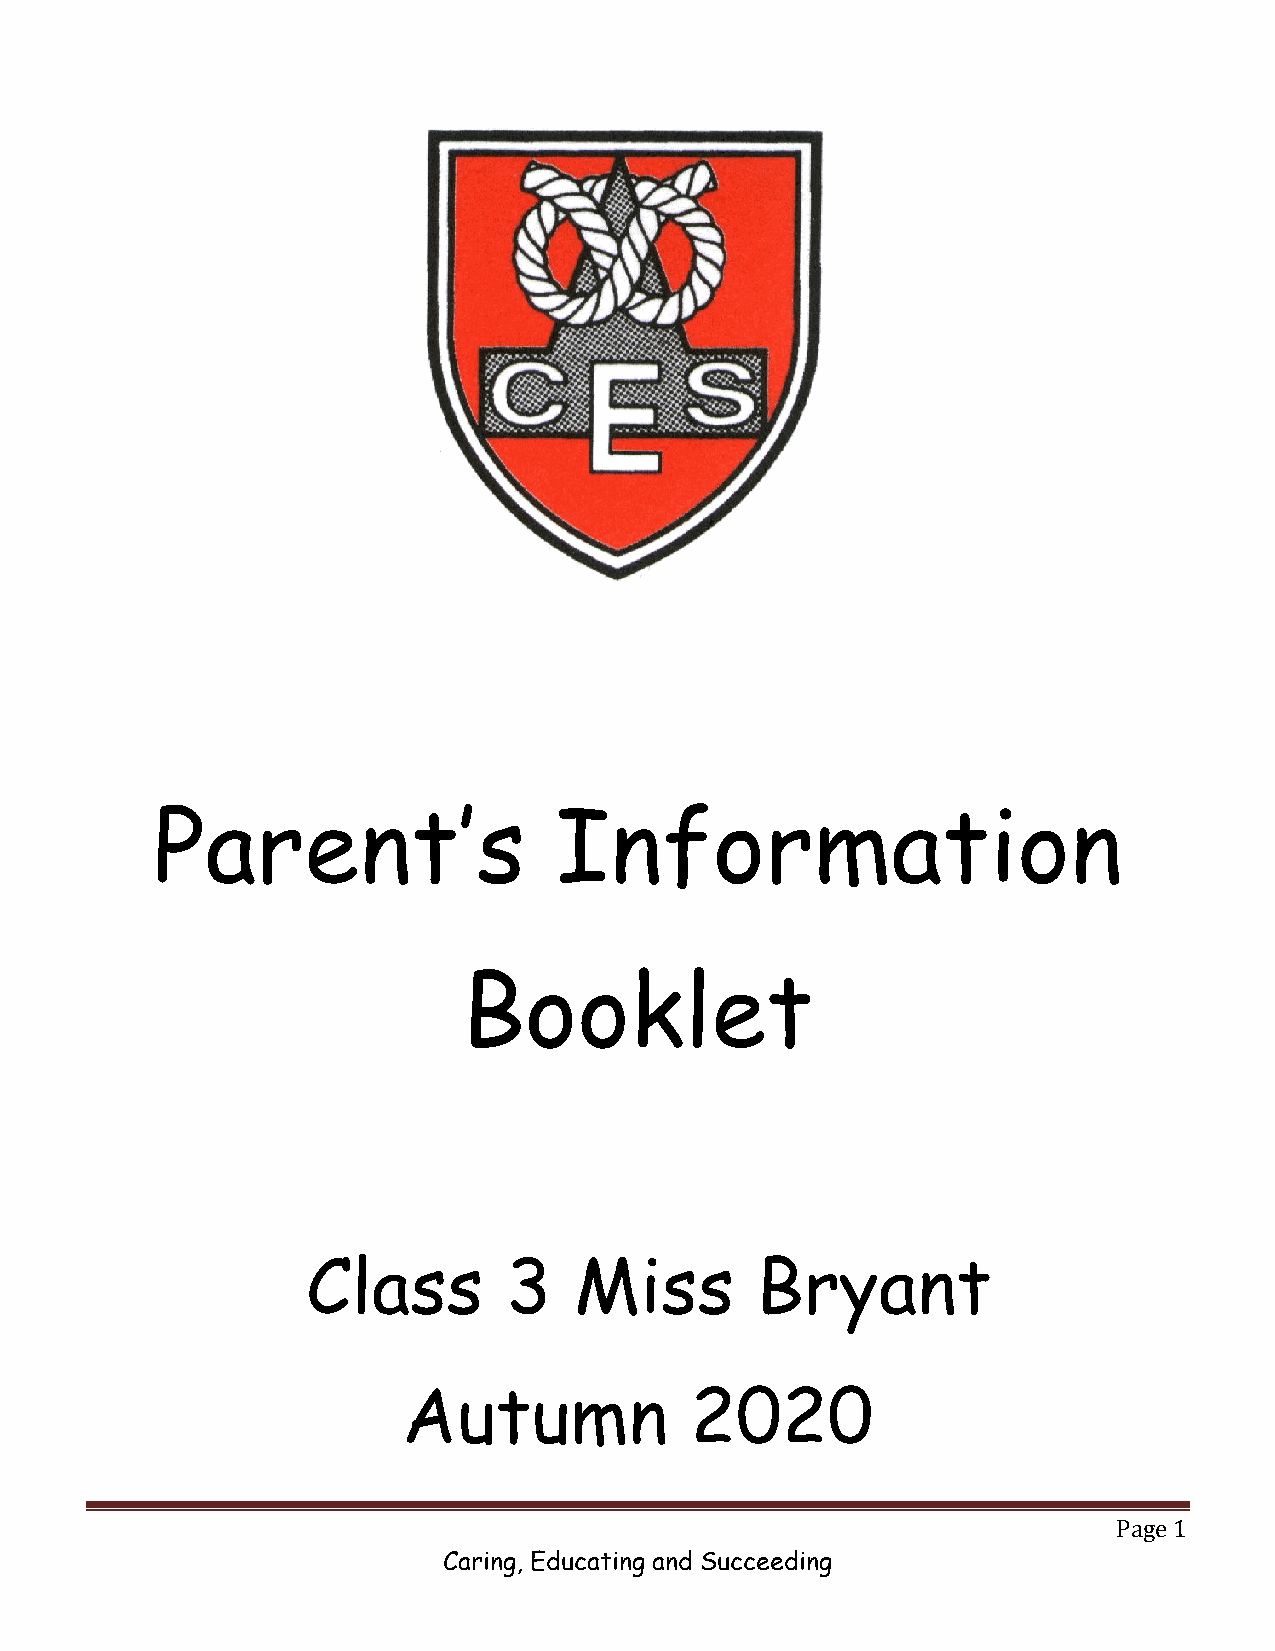
Parent’s                   Information
 Booklet
 Class        3    Miss        Bryant
 Autumn             2020
 Page 1
 Caring, Educating and Succeeding